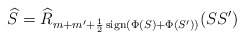
\begin{align*}\widehat{S}=\widehat{R}_{m+m^{\prime}+\frac{1}{2}\operatorname*{sign}(\Phi(S)+\Phi(S^{\prime}))}(SS^{\prime}) \end{align*}